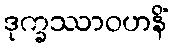
ဒုက္ခဿာဝဟနိံ